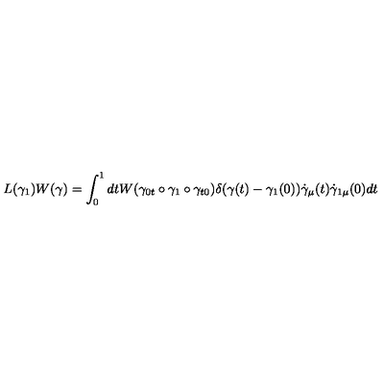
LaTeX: L ( \gamma _ { 1 } ) W ( \gamma ) = \int _ { 0 } ^ { 1 } d t W ( \gamma _ { 0 t } \circ \gamma _ { 1 } \circ \gamma _ { t 0 } ) \delta ( \gamma ( t ) - \gamma _ { 1 } ( 0 ) ) \dot { \gamma } _ { \mu } ( t ) \dot { \gamma } _ { 1 \mu } ( 0 ) d t